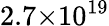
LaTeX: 2.7{\times}10^{19}